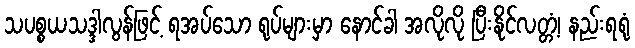
သပစ္စယသဒ္ဒါလွန်ဖြင့် ရအပ်သော ရုပ်များမှာ နောင်ခါ အလိုလို ပြီးနိုင်လတ္တံ့၊ နည်းရရုံ